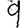
Digit: 9